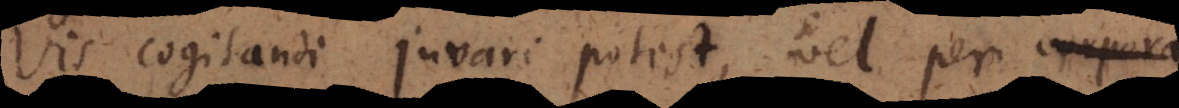
Vis cogitandi juvari potest, vel per corpora